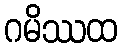
ဂမိဿထ